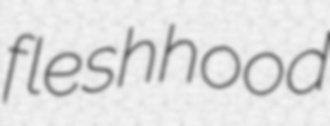
fleshhood